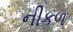
નીકળ